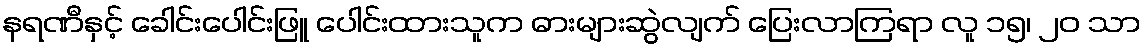
နရဏီနှင့် ခေါင်းပေါင်းဖြူ ပေါင်းထားသူက ဓားများဆွဲလျက် ပြေးလာကြရာ လူ ၁၅၊ ၂၀ သာ